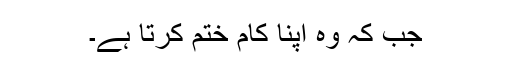
جب کہ وہ اپنا کام ختم کرتا ہے۔